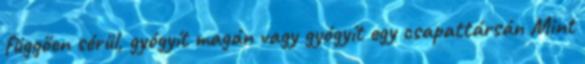
függően sérül, gyógyít magán vagy gyógyít egy csapattársán Mint